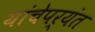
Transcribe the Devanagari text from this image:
यांचेपर्यंत